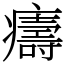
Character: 㿒